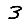
Digit: 3